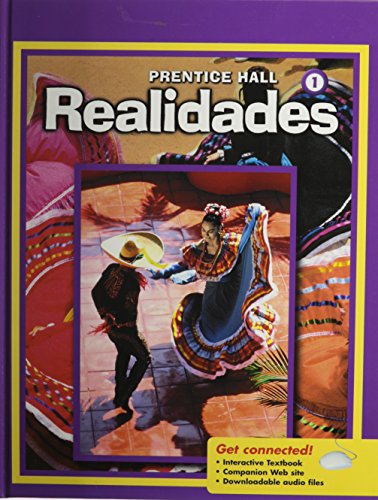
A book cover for Realidades, Level 1, Student Edition; Prentice Hall; Teen & Young Adult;